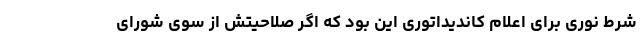
شرط نوری برای اعلام کاندیداتوری این بود که اگر صلاحیتش از سوی شورای